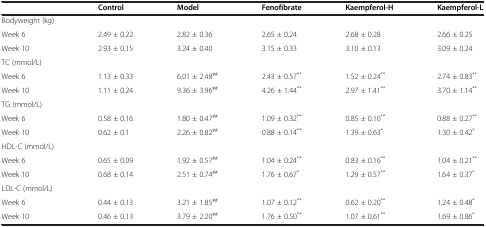
|  | Control | Model | Fenofibrate | Kaempferol-H | Kaempferol-L |
 | --- | --- | --- | --- | --- | --- |
 | Bodyweight (kg) |  |  |  |  |  |
 | Week 6 | 2.49 ± 0.22 | 2.82 ± 0.36 | 2.65 ± 0.24 | 2.68 ± 0.28 | 2.66 ± 0.25 |
 | Week 10 | 2.93 ± 0.15 | 3.24 ± 0.40 | 3.15 ± 0.33 | 3.10 ± 0.13 | 3.09 ± 0.24 |
 | TC (mmol/L) |  |  |  |  |  |
 | Week 6 | 1.13 ± 0.33 | 6.01 ± 2.48## | 2.43 ± 0.57** | 1.52 ± 0.24** | 2.74 ± 0.83** |
 | Week 10 | 1.11 ± 0.24 | 9.36 ± 3.96## | 4.26 ± 1.44** | 2.97 ± 1.41** | 3.70 ± 1.14** |
 | TG (mmol/L) |  |  |  |  |  |
 | Week 6 | 0.58 ± 0.16 | 1.80 ± 0.47## | 1.09 ± 0.32** | 0.85 ± 0.10** | 0.88 ± 0.27** |
 | Week 10 | 0.62 ± 0.1 | 2.26 ± 0.82## | 0.88 ± 0.14** | 1.39 ± 0.63* | 1.30 ± 0.42* |
 | HDL-C (mmol/L) |  |  |  |  |  |
 | Week 6 | 0.65 ± 0.09 | 1.92 ± 0.57## | 1.04 ± 0.24** | 0.83 ± 0.16** | 1.04 ± 0.21** |
 | Week 10 | 0.68 ± 0.14 | 2.51 ± 0.74## | 1.76 ± 0.67* | 1.29 ± 0.57** | 1.64 ± 0.37* |
 | LDL-C (mmol/L) |  |  |  |  |  |
 | Week 6 | 0.44 ± 0.13 | 3.21 ± 1.85## | 1.07 ± 0.12** | 0.62 ± 0.20** | 1.24 ± 0.48* |
 | Week 10 | 0.46 ± 0.13 | 3.79 ± 2.20## | 1.76 ± 0.50** | 1.07 ± 0.61** | 1.69 ± 0.86* |